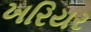
ખરિયર